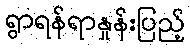
ရွာရန်ရာနှုန်းပြည့်